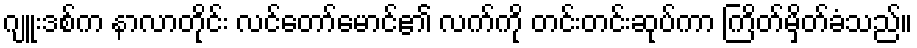
ဂျူးဒစ်က နာလာတိုင်း လင်တော်မောင်၏ လက်ကို တင်းတင်းဆုပ်ကာ ကြိတ်မှိတ်ခံသည်။